Code of medical and sanitary regulations for the guidance of medical officers serving in the Madras Presidency - Volume I
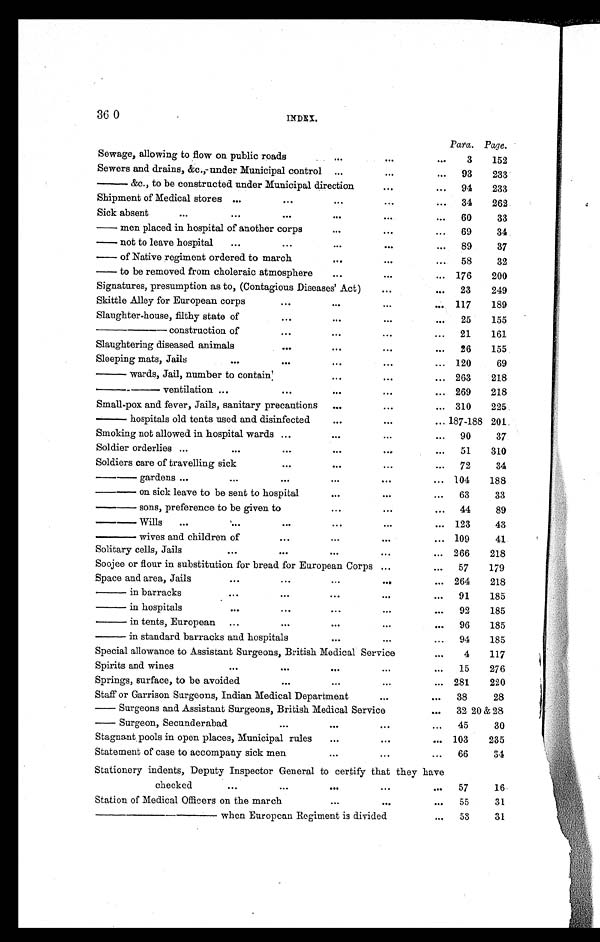
360
INDEX.
Para. Page.
Sewage, allowing to flow on public roads
...
...
...
3
152
Sewers and drains, &c.,-under Municipal control ...
...
... 93
233
— — & c . , t o b e c o n s t r u c t e d u n d e r M u n i c i p a l d i r e c t i o n
. . .
... 94
233
Shipment of Medical stores ...
. . .
...
. . .
. . . 34
262
Sick absent
...
. . .
. . .
...
. . .
... 60
33
— men placed in hospital of another corps
...
. . .
... 69
34
— not to l eave hospi tal
...
...
...
. . .
. . . 89
37
— of Native regiment ordered to march
...
...
... 58
32
— to be removed from choleraic atmospher
...
...
... 176
200
Signatures, presumption as to, (Contagious Diseases' Act)
. . .
... 23
249
Skittle Alley for European corps
. . .
...
. . .
... 117
189
Slaughter-house, filthy state of
...
...
...
...
25
155
———— construction of
. . .
...
...
... 21
161
Slaughtering diseased animals
. . .
...
. . .
...
26
155
Sleeping mats, Jails
. . .
. . .
...
. . .
... 120
69
—— wards, Jail, number to contain
...
...
... 263
218
——— ventilation
. . .
. . .
...
...
... 269
218
Small-pox and fever, Jails, sanitary precautions
...
...
... 310
225
—— hospitals old tents used and disinfected
...
...
... 187-188 201
Smoking not allowed in hospital wards ...
...
...
... 90
37
Soldier orderlies ...
. . .
...
...
. . .
...
51
310
Soldiers care of travelling sick
...
...
...
... 72
34
— — — g a r d e n s ...
...
. . .
...
. . .
... 104
188
——— on sick leave to be sent to hospital
...
. . .
...
63
33
— — — s o n s , p r e f e r e n c e t o b e g i v e n t o
...
. . .
... 44
89
— — — W i l l s ...
...
...
...
...
... 123
43
——— wives and children of
. . .
...
...
... 109
41
Solitary cells, Jails
. . .
. . .
...
...
... 266
218
Soojee or flour in substitution for bread for European Corps ...
... 57
179
Space and area, Jails
. . . ...
...
...
... 264
218
—— in barracks
. . . ...
...
...
... 91
185
—— in hospitals
. . . ...
...
. . .
. . . 92
185
—— in tents, European ...
...
...
...
... 96
185
—— in standard barracks and hospitals
...
...
... 94
185
Special allowance to Assistant Surgeons, British Medical Service
. . .
4
117
Spirits and wines
...
. . .
...
...
...
15
276
Springs, surface, to be avoided
. . .
...
...
... 281
220
Staff or Garrison Surgeons, Indian Medical Department
. . .
...
38
28
— Surgeons and Assistant Surgeons, British Medical Service
... 32 20 & 28
— Surgeon, Secunderabad
...
...
. . .
. . . 45
30
Stagnant pools in open places, Municipal rules
...
...
... 103
235
Statement of case to accompany sick men
...
...
...
66
34
Stationery indents, Deputy Inspector General to certify that they have
checked
...
...
...
...
...
57
16
Station of Medical Officers on the march
...
. . .
...
55
31
—————— when European Regiment is divided
...
53
31